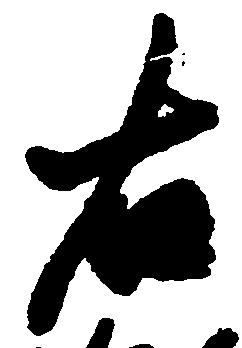
右